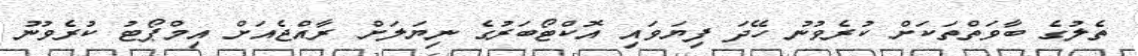
ތެލުގެ ބާވަތްތަކަށް ކުރެވުނު ހޭދަ ފިޔަވައި އޮކްޓޯބަރުގެ ނިޔަލަށް ރާއްޖެއަށް އިމްޕޯޓު ކުރެވުނު